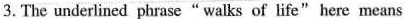
3. The underlined phrase“walks of life" here means